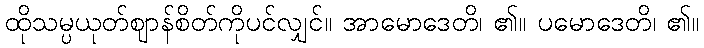
ထိုသမ္ပယုတ်ဈာန်စိတ်ကိုပင်လျှင်။ အာမောဒေတိ၊ ၏။ ပမောဒေတိ၊ ၏။